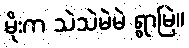
မိုးက သဲသဲမဲမဲ ရွာမြဲ။